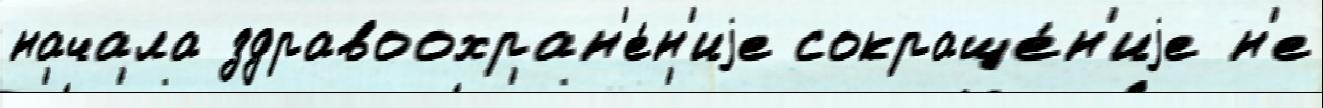
начала здравоохран'е́н'иjе сокраще́н'иjе н'е